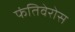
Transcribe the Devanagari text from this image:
फंतिवेरोस